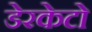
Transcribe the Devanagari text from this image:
डेरकेटो